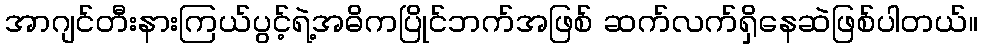
အာဂျင်တီးနားကြယ်ပွင့်ရဲ့အဓိကပြိုင်ဘက်အဖြစ် ဆက်လက်ရှိနေဆဲဖြစ်ပါတယ်။